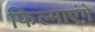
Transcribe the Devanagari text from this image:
फिल्माएंगे